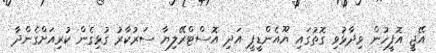
އޭޖީ އޮފީހުން ވިދާޅުވި ގޮތުގައި ޔޫއެންޑީޕީ އަދި އޮސްޓްރޭލިޔާ ސަރުކާރު ގުޅިގެން ކުރިއަށްގެންދާ